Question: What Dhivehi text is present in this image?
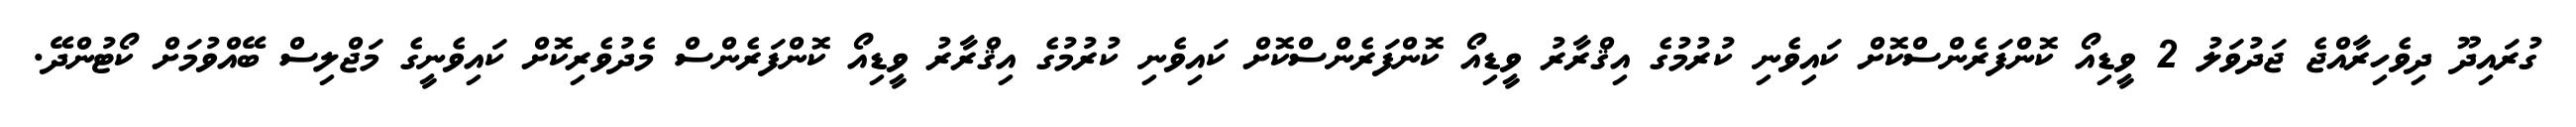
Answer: ގުރައިދޫ ދިވެހިރާއްޖެ ޖަދުވަލު 2 ވީޑިއޯ ކޮންފަރެންސްކޮށް ކައިވެނި ކުރުމުގެ އިޤްރާރު ވީޑިއޯ ކޮންފަރެންސްކޮށް ކައިވެނި ކުރުމުގެ އިޤްރާރު ވީޑިއޯ ކޮންފަރެންސް މެދުވެރިކޮށް ކައިވެނީގެ މަޖްލިސް ބޭއްވުމަށް ކޯޓުންދޭ.